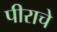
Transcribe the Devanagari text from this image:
पीराचे